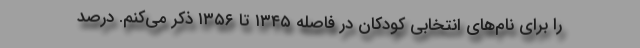
را برای نام‌های انتخابی کودکان در فاصله ۱۳۴۵ تا ۱۳۵۶ ذکر می‌کنم. درصد